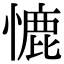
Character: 㦇